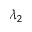
\lambda _ { 2 }